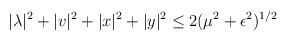
\begin{align*}|\lambda|^2 + |v|^2 + |x|^2 + |y|^2 \leq 2(\mu^2+\epsilon^2)^{1/2}\end{align*}